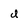
Character: d